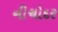
નીચોદર